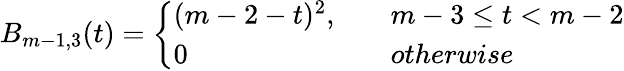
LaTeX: B_{m-1,3}(t)=\left\{ \begin{array}{ll}{(m-2-t)^{2},\quad}&{m-3\leq t<m-2}\\ {0\quad}&{otherwise}\end{array}\right.